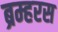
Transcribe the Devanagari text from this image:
ब्रम्हरस